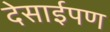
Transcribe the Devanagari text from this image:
देसाईपण